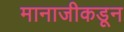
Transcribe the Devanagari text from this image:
मानाजीकडून